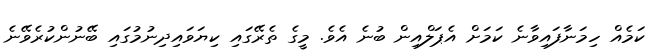
ކަމެއް ހިމަނާފައިވާނެ ކަމަށް އެޕަލްއިން ބުނެ އެވެ. މީގެ ތެރޭގައި ކިޔަވައިދިނުމުގައި ބޭނުންކުރެވޭނެ